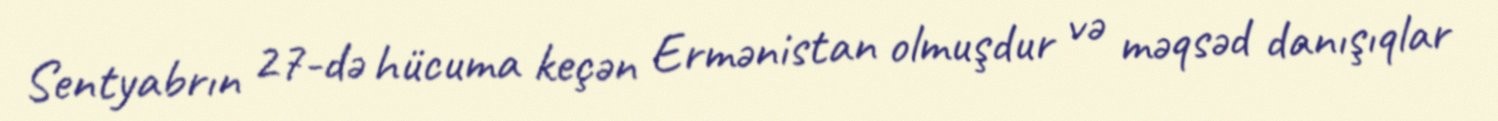
Sentyabrın 27-də hücuma keçən Ermənistan olmuşdur və məqsəd danışıqlar